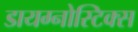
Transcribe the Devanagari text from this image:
डायग्‍नोस्टिक्‍स